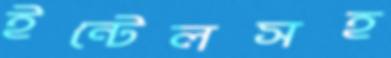
ইন্টেলসহ